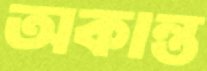
অকান্ত